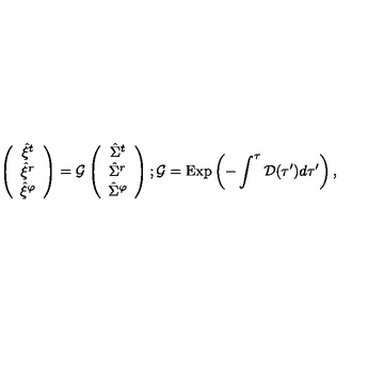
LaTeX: \left( \begin{array} { c } { { \hat { \xi } } ^ { t } } \\ { { \hat { \xi } } ^ { r } } \\ { { \hat { \xi } } ^ { \varphi } } \\ \end{array} \right) = { \cal G } \left( \begin{array} { c } { { \hat { \Sigma } } ^ { t } } \\ { { \hat { \Sigma } } ^ { r } } \\ { { \hat { \Sigma } } ^ { \varphi } } \\ \end{array} \right) ; { \cal G } = \mathrm { E x p } \left( - \int ^ { \tau } { \cal D } ( \tau ^ { \prime } ) d \tau ^ { \prime } \right) ,